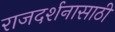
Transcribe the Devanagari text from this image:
राजदर्शनासाठी